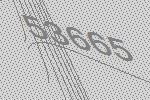
53665